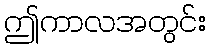
ဤကာလအတွင်း